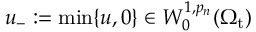
u _ { - } : = \mathrm { m i n } \{ u , 0 \} \in W _ { 0 } ^ { 1 , p _ { n } } ( \Omega _ { \mathrm { t } } )